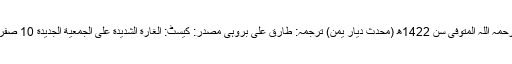
فضیلۃ الشیخ مقبل بن ہادی الوادعی رحمہ اللہ المتوفی سن 1422ھ (محدث دیارِ یمن) ترجمہ: طارق علی بروہی مصدر: کیسٹ: الغارة الشديدة على الجمعية الجديدة 10 صفر، 1420ھ کی رات کی ریکارڈنگ۔